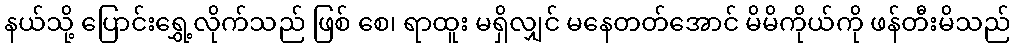
နယ်သို့ ပြောင်းရွှေ့လိုက်သည် ဖြစ် စေ၊ ရာထူး မရှိလျှင် မနေတတ်အောင် မိမိကိုယ်ကို ဖန်တီးမိသည်